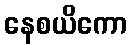
နေစယိကော